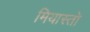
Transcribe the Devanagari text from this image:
मियास्तो